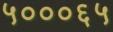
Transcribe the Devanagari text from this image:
५०००६५